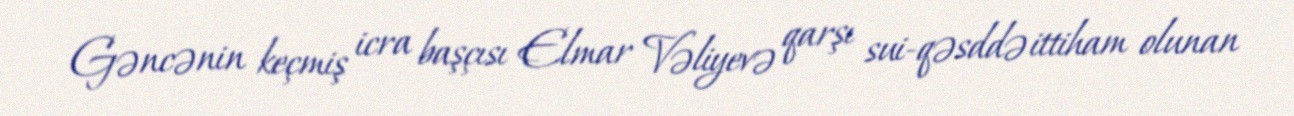
Gəncənin keçmiş icra başçısı Elmar Vəliyevə qarşı sui-qəsddə ittiham olunan